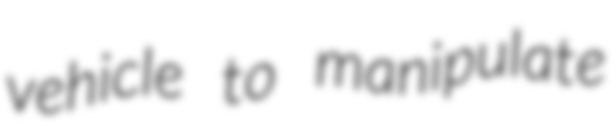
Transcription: vehicle to manipulate